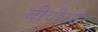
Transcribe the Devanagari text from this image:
बीवीआर